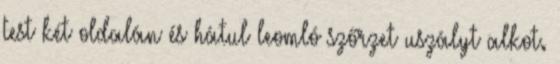
test két oldalán és hátul leomló szőrzet uszályt alkot.